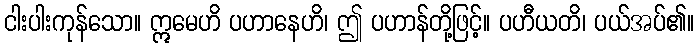
ငါးပါးကုန်သော။ ဣမေဟိ ပဟာနေဟိ၊ ဤ ပဟာန်တို့ဖြင့်။ ပဟီယတိ၊ ပယ်အပ်၏။